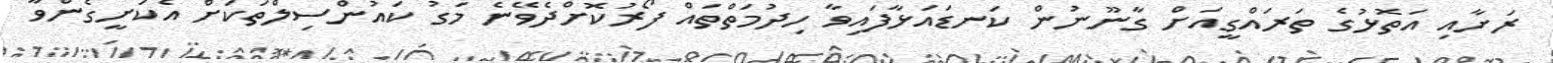
ރަށާއި އަތޮޅުގެ ތަރައްގީއަށް ގާނޫނުން ކަނޑައަޅާފައިވާ ހިދުމަތްތައް ފޯރުކޮށްދެވޭނެ މަގު ކައުންސިލްތަކަށް އެކަށީގެންވާ